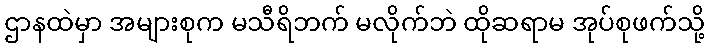
ဌာနထဲမှာ အများစုက မသီရိဘက် မလိုက်ဘဲ ထိုဆရာမ အုပ်စုဖက်သို့